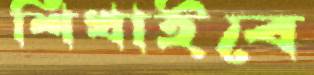
শিখাইবে